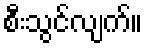
စီးသွင်လျက်။